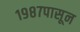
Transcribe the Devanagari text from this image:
१९८७पासून